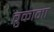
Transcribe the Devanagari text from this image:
बुकामा